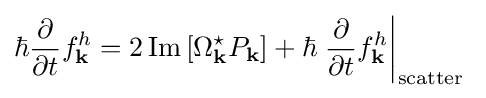
\hbar {\frac {\partial }{\partial t}}f_{\mathbf {k} }^{h}=2\operatorname {Im} \left[\Omega _{\mathbf {k} }^{\star }P_{\mathbf {k} }\right]+\hbar \left.{\frac {\partial }{\partial t}}f_{\mathbf {k} }^{h}\right|_{\mathrm {scatter} }\;